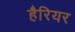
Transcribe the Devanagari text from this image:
हैरियर